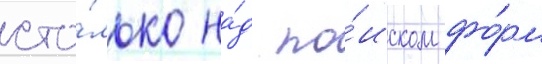
сто́лько на́д по́иском фо́рм